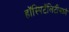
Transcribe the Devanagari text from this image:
हॉस्पिटॅलिटीमध्ये